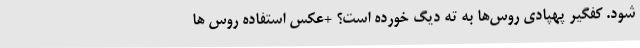
شود. کفگیر پهپادی روس‌ها به ته دیگ خورده است؟ +عکس استفاده روس ها